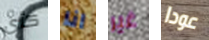
كأى انا غير عودا